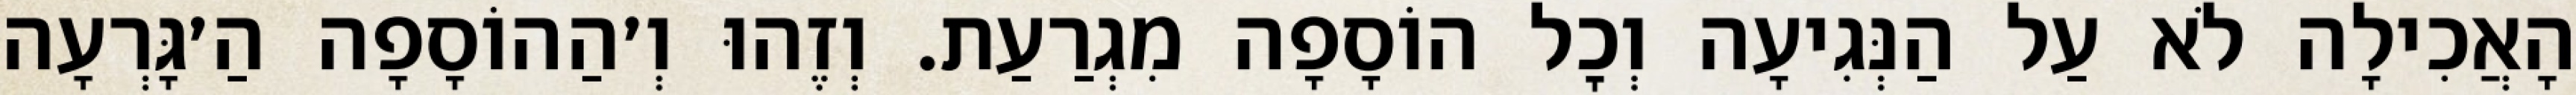
הָאֲכִילָה לֹא עַל הַנְּגִיעָה וְכׇל הוֹסָפָה מִגְרַעַת. וְזֶהוּ וְ׳הַהוֹסָפָה הַ׳גָּרְעָה